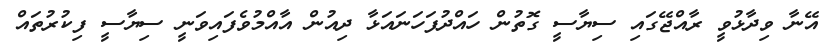
އޭނާ ވިދާޅުވީ ރާއްޖޭގައި ސިޔާސީ ގޮތުން ހައްދުފަހަނައަޅާ ދިއުން އާއްމުވެފައިވަނީ ސިޔާސީ ފިކުރުތައް